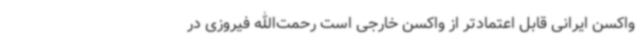
واکسن ایرانی قابل اعتمادتر از واکسن خارجی است رحمت‌الله فیروزی در